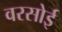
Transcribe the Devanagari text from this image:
वरसोई